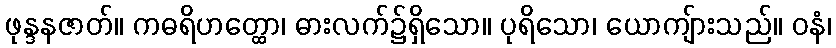
ဖုန္ဒနဇာတ်။ ကဓရိဟတ္ထော၊ ဓားလက်၌ရှိသော။ ပုရိသော၊ ယောကျ်ားသည်။ ဝနံ၊